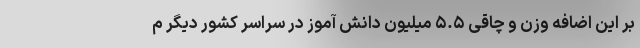
بر این اضافه وزن و چاقی ۵.۵ میلیون دانش آموز در سراسر کشور دیگر م